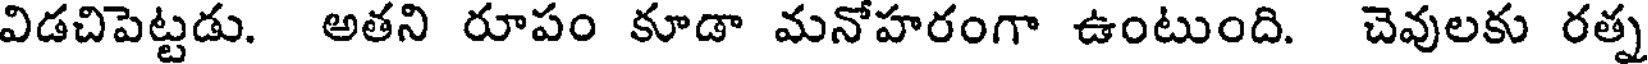
విడచిపెట్టడు. అతని రూపం కూడా మనోహరంగా ఉంటుంది. చెవులకు రత్న